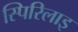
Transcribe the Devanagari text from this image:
स्पिरिलाइ